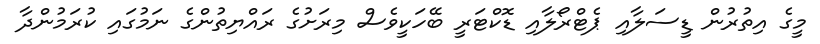
މީގެ އިތުރުން ޑީސަލާއި ޕެޓްރޯލާއި ޑޮކްޓަރީ ބޭހަކީވެސް މިރަށުގެ ރައްޔިތުންގެ ނަމުގައި ކުރަމުންދާ